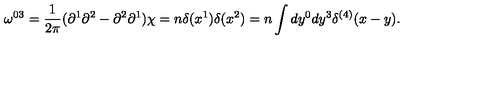
\omega ^ { 0 3 } = \frac { 1 } { 2 \pi } ( \partial ^ { 1 } \partial ^ { 2 } - \partial ^ { 2 } \partial ^ { 1 } ) \chi = n \delta ( x ^ { 1 } ) \delta ( x ^ { 2 } ) = n \int d y ^ { 0 } d y ^ { 3 } \delta ^ { ( 4 ) } ( x - y ) .